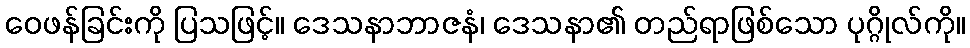
ဝေဖန်ခြင်းကို ပြသဖြင့်။ ဒေသနာဘာဇနံ၊ ဒေသနာ၏ တည်ရာဖြစ်သော ပုဂ္ဂိုလ်ကို။